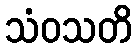
သံဝသတိ